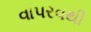
વાપરવથી